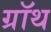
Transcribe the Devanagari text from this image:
ग्रॉथ